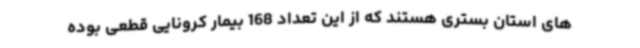
های استان بستری هستند که از این تعداد 168 بیمار کرونایی قطعی بوده